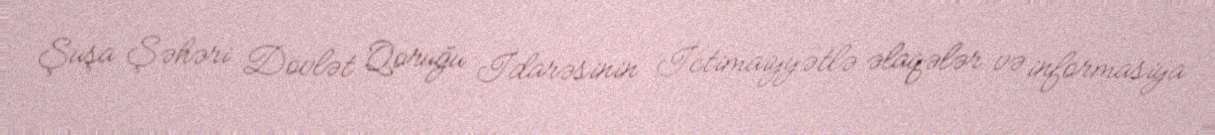
Şuşa Şəhəri Dövlət Qoruğu İdarəsinin İctimaiyyətlə əlaqələr və informasiya